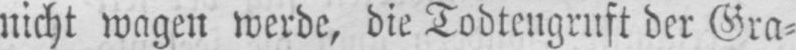
nicht wagen werde, die Todtengruft der Gra⸗